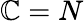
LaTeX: \mathbb{C}=N